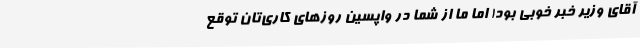
آقای وزیر خبر خوبی بود! اما ما از شما در واپسین روزهای کاری‌تان توقع